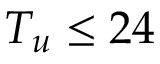
T _ { u } \le 2 4